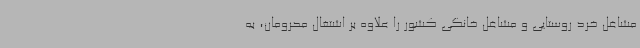
مشاغل خرد روستایی و مشاغل خانگی کشور را علاوه بر اشتغال محرومان، به